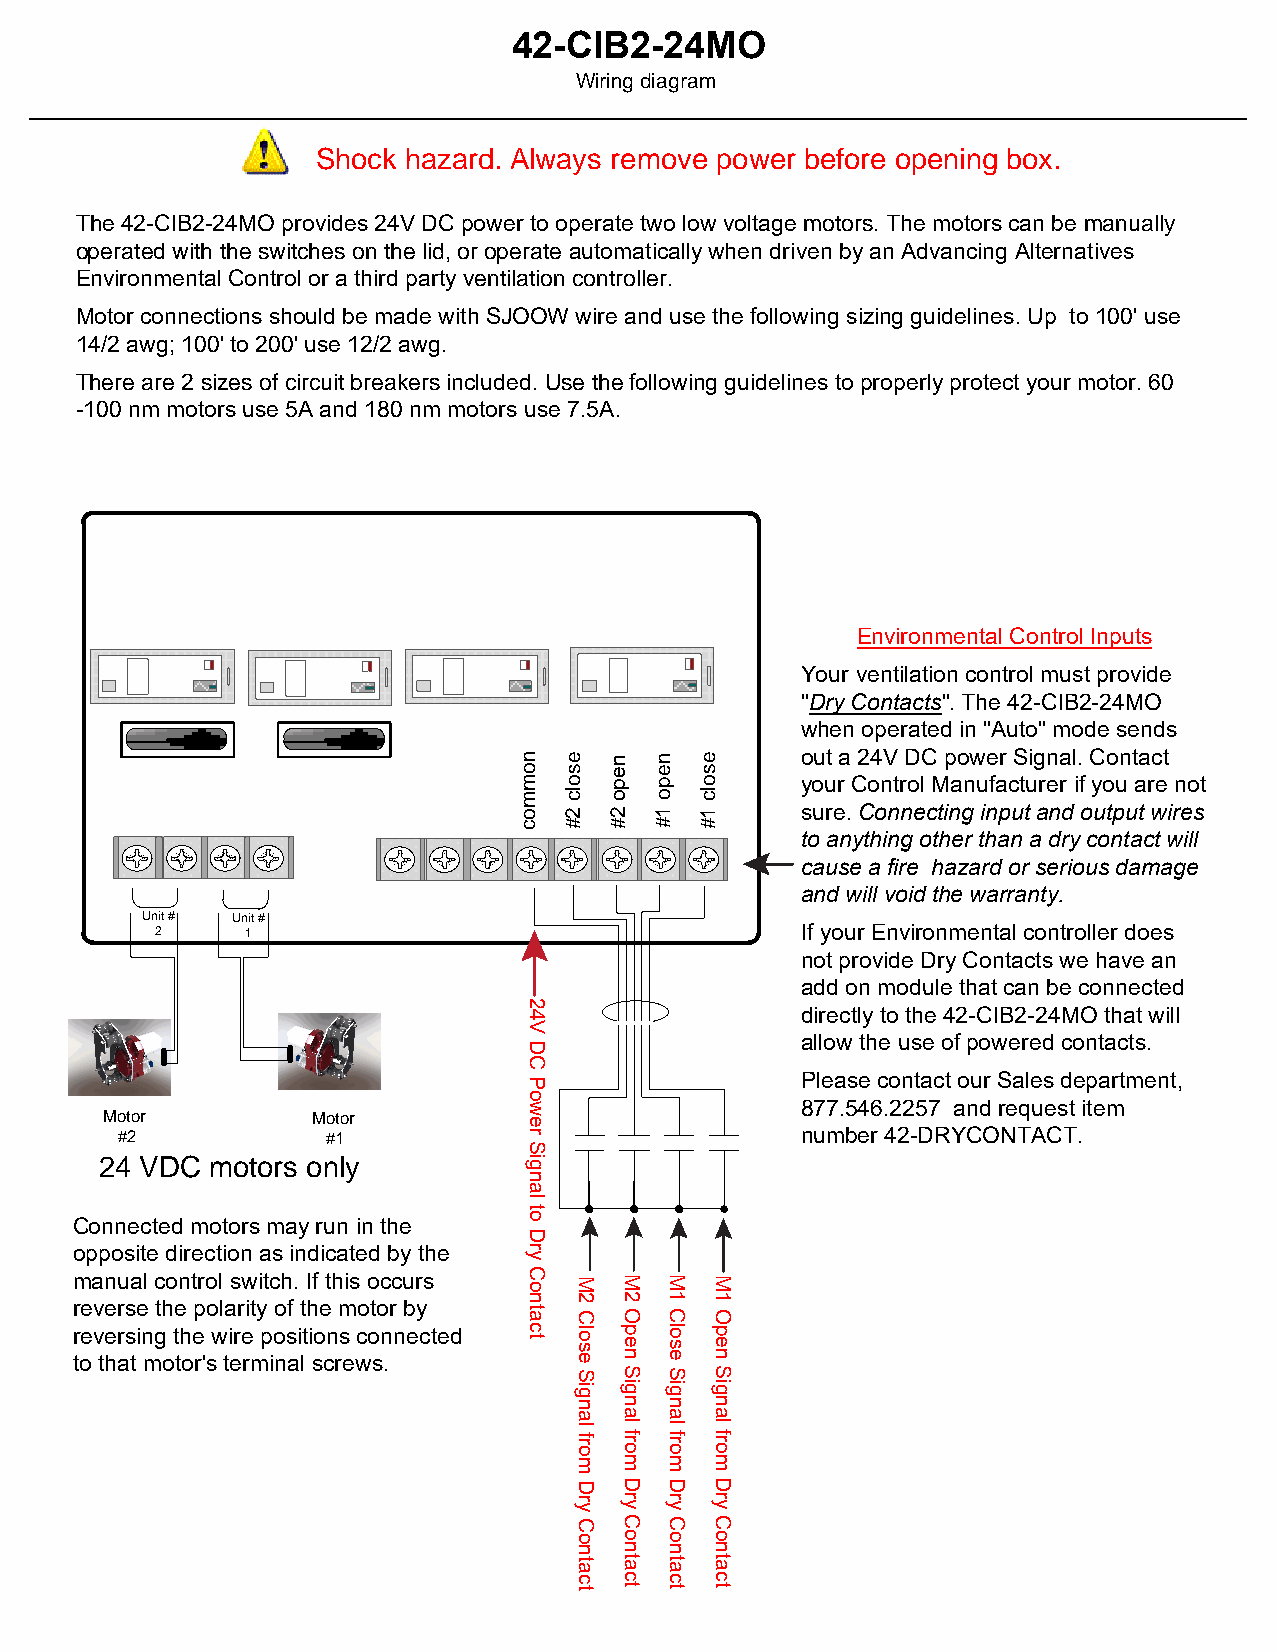
42-CIB2-24MO
 Wiring diagram
 Shock hazard. Always remove power before opening box.
 The 42-CIB2-24MO provides 24V DC power to operate two low voltage motors. The motors can be manually
 operated with the switches on the lid, or operate automatically when driven by an Advancing Alternatives
 Environmental Control or a third party ventilation controller.
 Motor connections should be made with SJOOW wire and use the following sizing guidelines. Up to 100' use
 14/2 awg; 100' to 200' use 12/2 awg.
 There are 2 sizes of circuit breakers included. Use the following guidelines to properly protect your motor. 60
 -100 nm motors use 5A and 180 nm motors use 7.5A.
 Environmental Control Inputs
 Your ventilation control must provide
 "Dry Contacts". The 42-CIB2-24MO
 when operated in "Auto" mode sends
 out a 24V DC power Signal. Contact
 your Control Manufacturer if you are not
 sure. Connecting input and output wires
 to anything other than a dry contact will
 purple
 cause a fire hazard or serious damage
 and will void the warranty.
 Unit # Unit #
 2     1                                    If your Environmental controller does
 not provide Dry Contacts we have an
 add on module that can be connected
 directly to the 42-CIB2-24MO that will
 allow the use of powered contacts.
 Please contact our Sales department,
 877.546.2257 and request item
 Motor         Motor
 #2            #1                             number 42-DRYCONTACT.
 24 VDC motors only
 Connected motors may run in the
 opposite direction as indicated by the
 manual control switch. If this occurs
 reverse the polarity of the motor by
 reversing the wire positions connected
 to that motor's terminal screws.
 nommoc
 24V
 DC
 Power
 Signal
 to
 Dry
 Contact
 esolc
 2#
 M2
 Close
 Signal
 from
 Dry
 Contact
 nepo
 2#
 M2
 Open
 Signal
 from
 Dry
 Contact
 nepo
 1#
 M1
 Close
 Signal
 from
 Dry
 Contact
 esolc
 1#
 M1
 Open
 Signal
 from
 Dry
 Contact